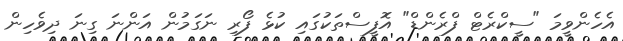
އެހެންވީމަ "ސީކްރެޓް ފްރެންޑް" އޮފީސްތަކުގައި ކުޅެ ފޯރި ނަގަމުން އަންނަ ގިނަ ދިވެހިން